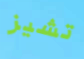
تشيز